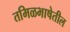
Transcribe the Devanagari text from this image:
तमिळभाषेतील